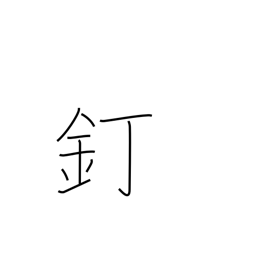
Meaning: nail